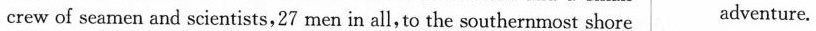
crew of sea men and scientists,27 men in all, to the southernmost shore adventure.